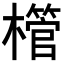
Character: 𪴌